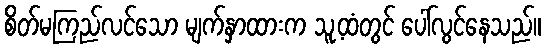
စိတ်မကြည်လင်သော မျက်နှာထားက သူ့ထံတွင် ပေါ်လွင်နေသည်။